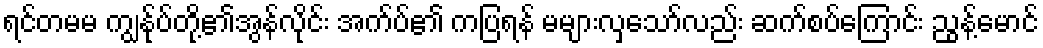
ရင်တမမ ကျွန်ုပ်တို့၏အွန်လိုင်း အက်ပ်၏ ကပြရန် မများလှသော်လည်း ဆက်စပ်ကြောင်း ညွန့်မောင်